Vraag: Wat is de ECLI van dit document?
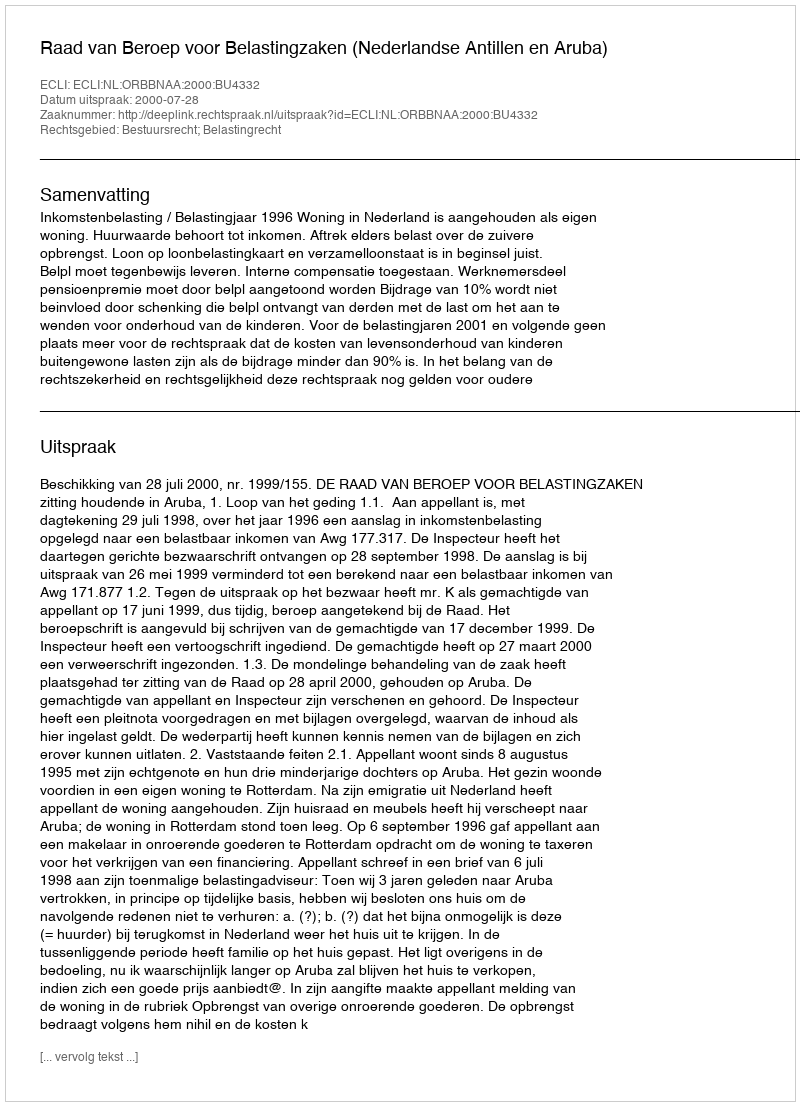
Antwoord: ECLI:NL:ORBBNAA:2000:BU4332